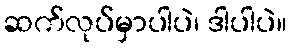
ဆက်လုပ်မှာပါပဲ၊ ဒါပါပဲ။